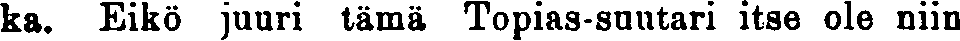
ka. Eikö juuri tämä Topias-suutari itse ole niin